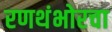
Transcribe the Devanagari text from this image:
रणथंभोरचा